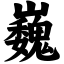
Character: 巍